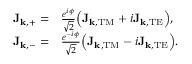
\begin{array} { r l } { \mathbf { J } _ { \mathbf { k } , + } = } & { \frac { e ^ { i \phi } } { \sqrt { 2 } } \Big ( \mathbf { J } _ { \mathbf { k } , \mathrm { T M } } + i \mathbf { J } _ { \mathbf { k } , \mathrm { T E } } \Big ) , } \\ { \mathbf { J } _ { \mathbf { k } , - } = } & { \frac { e ^ { - i \phi } } { \sqrt { 2 } } \Big ( \mathbf { J } _ { \mathbf { k } , \mathrm { T M } } - i \mathbf { J } _ { \mathbf { k } , \mathrm { T E } } \Big ) . } \end{array}